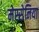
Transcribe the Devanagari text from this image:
मेस्सेनिया